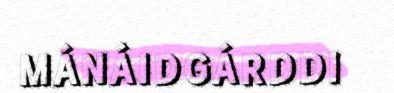
MÁNÁIDGÁRDDI